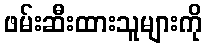
ဖမ်းဆီးထားသူများကို